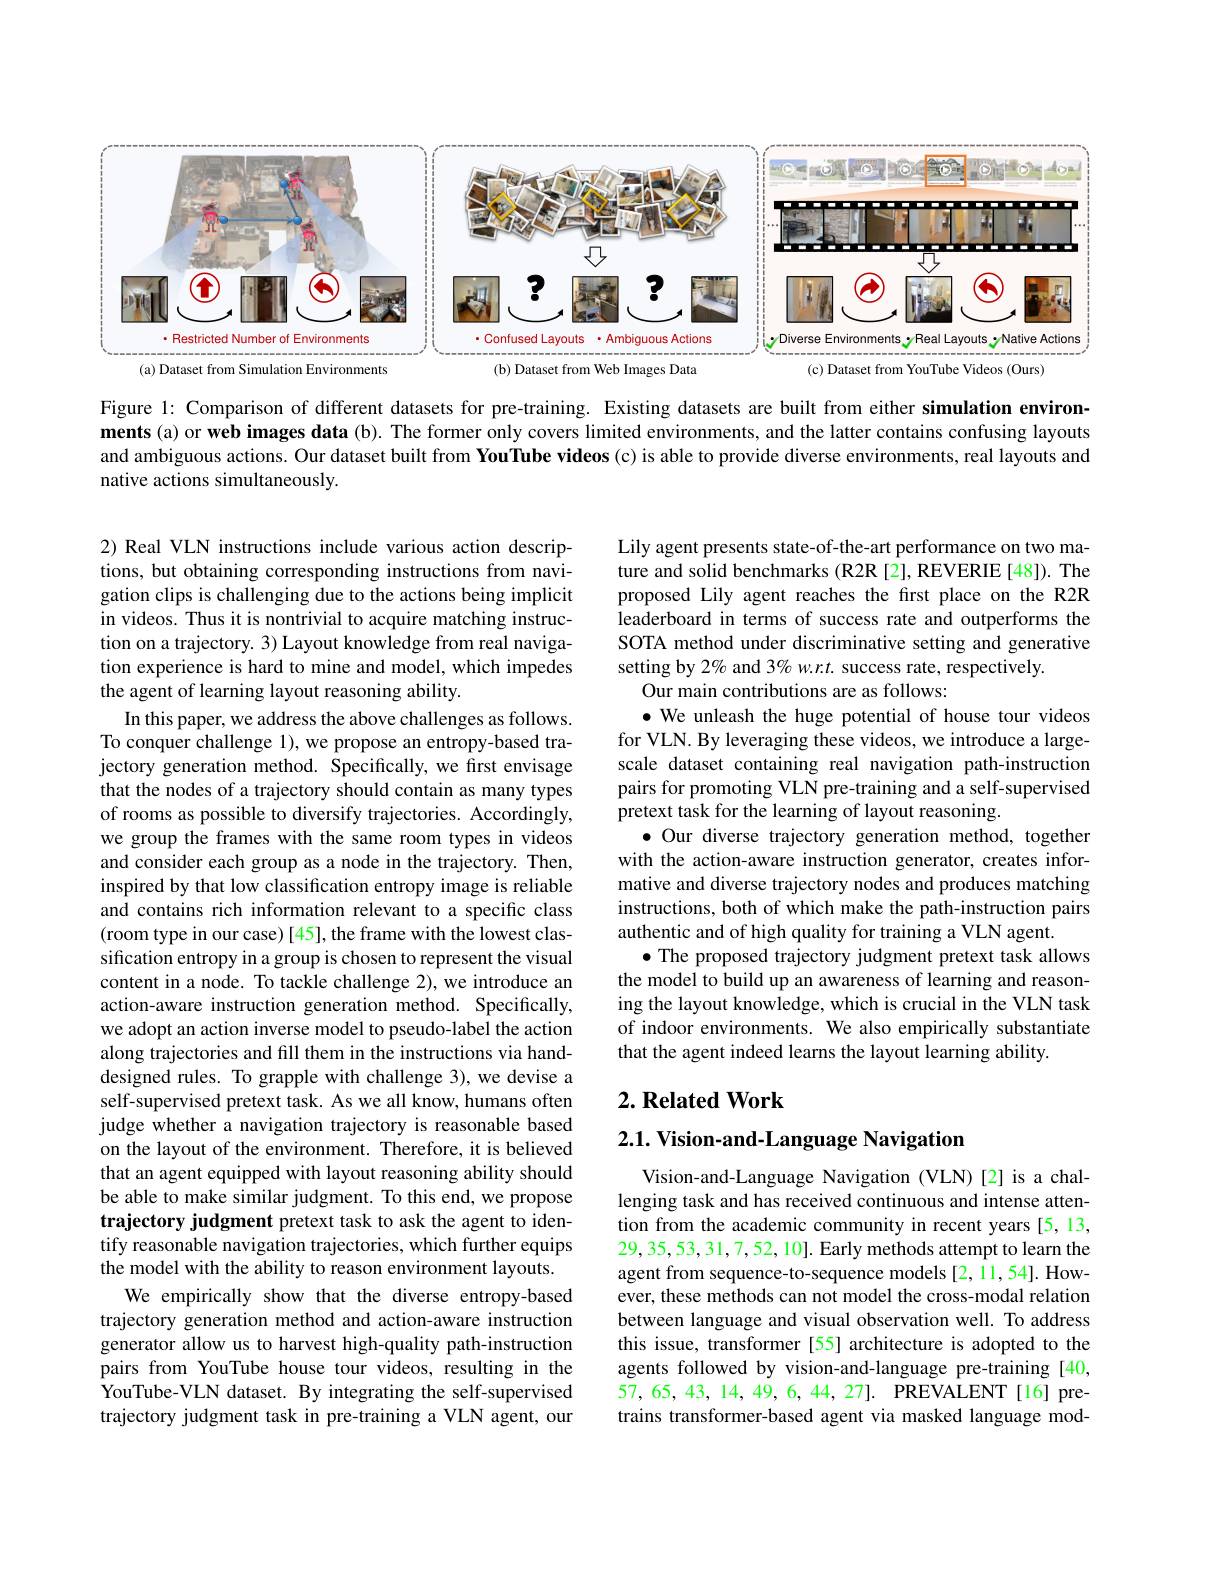
<FigureHere>

Figure 1: Comparison of different datasets for pre-training. Existing datasets are built from either simulation environments(a) or web images data (b). The former only covers limited environments, and the latter contains confusing layouts and ambiguous actions. Our dataset built from YouTube videos (c) is able to provide diverse environments, real layouts and native actions simultaneously.

Lily agent presents state-of-the-art performance on two mature and solid benchmarks (R2R [2], REVERIE [48]). The proposed Lily agent reaches the first place on the R2R leaderboard in terms of success rate and outperforms the SOTA method under discriminative setting and generative setting by 2% and 3% w.r.t. success rate, respectively
Our main contributions are as follows:
$\bullet$ We unleash the huge potential of house tour videos for VLN. By leveraging these videos, we introduce a largescale dataset containing real navigation path-instruction pairs for promoting VLN pre-training and a self-supervised $\hat{\text{pretext task for the learning of layout reasoning}}.$
·Our diverse trajectory generation method, together with the action-aware instruction generator, creates informative and diverse trajectory nodes and produces matching instructions, both of which make the path-instruction pairs authentic and of high quality for training a VLN agent.
$\bullet$ The proposed trajectory judgment pretext task allows the model to build up an awareness of learning and reasoning the layout knowledge, which is crucial in the VLN task of indoor environments. We also empirically substantiate that the agent indeed learns the layout learning ability.

2) Real VLN instructions include various action descriptions, but obtaining corresponding instructions from navigation clips is challenging due to the actions being implicit in videos. Thus it is nontrivial to acquire matching instruction on a trajectory. 3) Layout knowledge from real navigation experience is hard to mine and model, which impedes the agent of learning layout reasoning ability.
In this paper, we address the above challenges as follows. To conquer challenge 1), we propose an entropy-based trajectory generation method. Specifically, we first envisage that the nodes of a trajectory should contain as many types of rooms as possible to diversify trajectories. Accordingly, we group the frames with the same room types in videos and consider each group as a node in the trajectory. Then, inspired by that low classification entropy image is reliable and contains rich information relevant to a specific class (room type in our case)[45], the frame with the lowest classification entropy in a group is chosen to represent the visual content in a node. To tackle challenge 2), we introduce an action-aware instruction generation method. Specifically, we adopt an action inverse model to pseudo-label the action along trajectories and fill them in the instructions via handdesigned rules. To grapple with challenge 3), we devise a self-supervised pretext task. As we all know, humans often judge whether a navigation trajectory is reasonable based on the layout of the environment. Therefore, it is believed that an agent equipped with layout reasoning ability should be able to make similar judgment. To this end, we propose trajectory judgment pretext task to ask the agent to identify reasonable navigation trajectories, which further equips the model with the ability to reason environment layouts.
We empirically show that the diverse entropy-based trajectory generation method and action-aware instruction generator allow us to harvest high-quality path-instruction pairs from YouTube house tour videos, resulting in the YouTube-VLN dataset. By integrating the self-supervised trajectory judgment task in pre-training a VLN agent, our

## $2. \textbf{Related Work}$

## 2.1. Vision-and-Language Navigation

Vision-and-Language Navigation (VLN)[2] is a challenging task and has received continuous and intense attention from the academic community in recent years [5,13, 29, 35, 53, 3 1, 7, 5 2, 1 0 ]. Early methods attempt to learn the agent from sequence-to-sequence models [2,11,54]. However, these methods can not model the cross-modal relation between language and visual observation well. To address this issue, transformer [55] architecture is adopted to the agents followed by vision-and-language pre-training [40, 57,65,43,14,49,6,44,27]. PREVALENT[16] pretrains transformer-based agent via masked language mod-